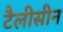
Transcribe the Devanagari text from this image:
टैलीसीन